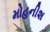
મોહનીશ